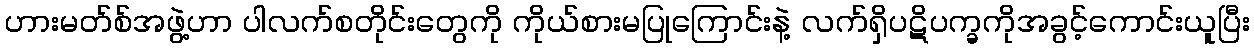
ဟားမတ်စ်အဖွဲ့ဟာ ပါလက်စတိုင်းတွေကို ကိုယ်စားမပြုကြောင်းနဲ့ လက်ရှိပဋိပက္ခကိုအခွင့်ကောင်းယူပြီး